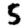
Digit: 5